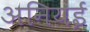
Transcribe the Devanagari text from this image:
अनियई